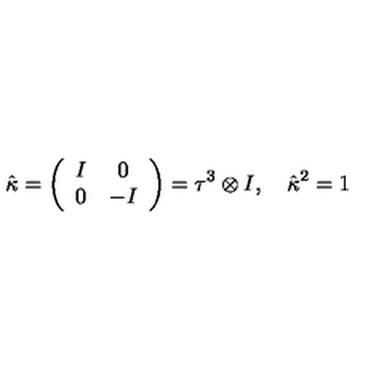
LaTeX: \hat { \kappa } = \left( \begin{array} { c c } { I } & { 0 } \\ { 0 } & { - I } \\ \end{array} \right) = \tau ^ { 3 } \otimes I , \quad \hat { \kappa } { } ^ { 2 } = 1